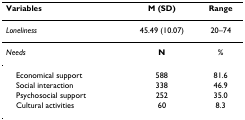
| Variables | M (SD) | Range |
 | --- | --- | --- |
 | Loneliness | 45.49 (10.07) | 20–74 |
 | Needs | N | % |
 | Economical support | 588 | 81.6 |
 | Social interaction | 338 | 46.9 |
 | Psychosocial support | 252 | 35.0 |
 | Cultural activities | 60 | 8.3 |